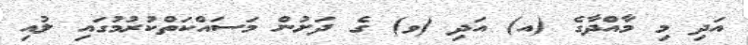
އަދި މި މާއްދާގެ (އ) އަދި (ވ) ގެ ދަށުން މަސައްކަތްކުރުމުގައި ލުއި